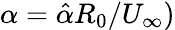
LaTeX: \alpha=\hat{\alpha}R_{0}/U_{\infty})